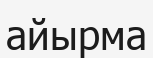
айырма